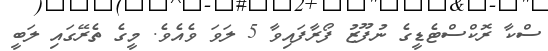
ސްކާ ރޮކްސްޓެޑީގެ ނުފޫޒު ފޯރާފައިވާ 5 ލަވަ ވެއެވެ. މީގެ ތެރޭގައި ލަބީ